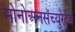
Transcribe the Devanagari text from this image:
मोनोअनसॅच्युरेटेड